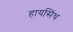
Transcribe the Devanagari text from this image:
हायसिंथ